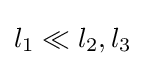
l_{1}\ll l_{2},l_{3}